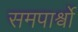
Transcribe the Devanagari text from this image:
समपार्श्वो